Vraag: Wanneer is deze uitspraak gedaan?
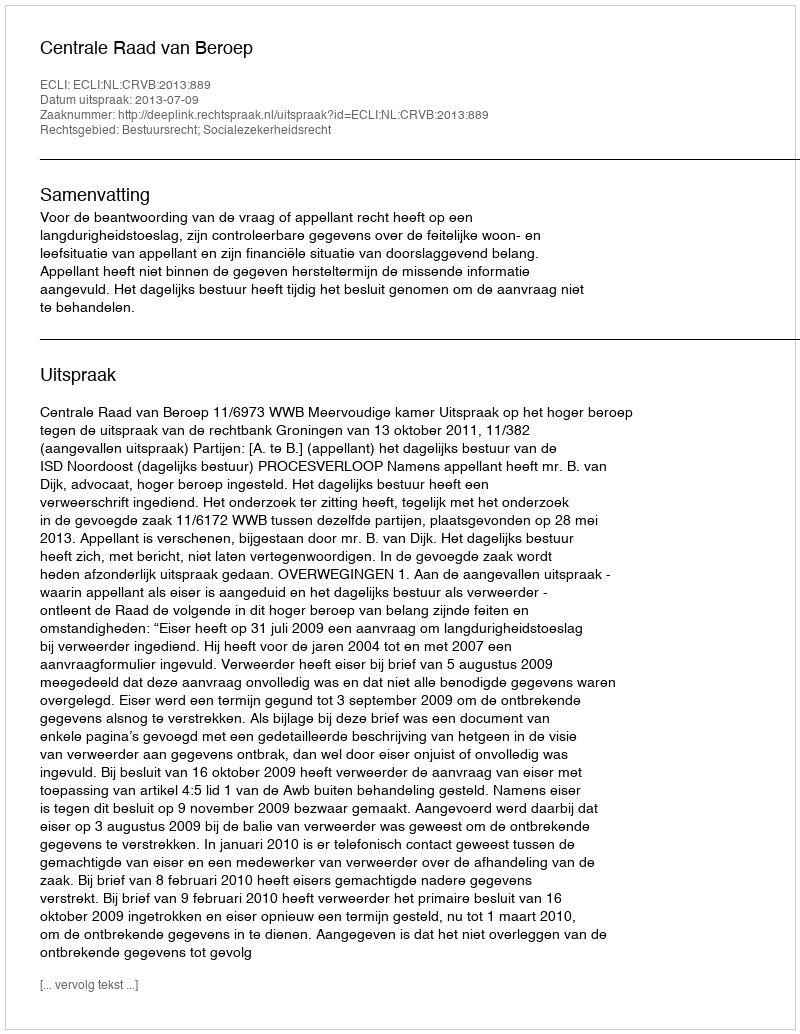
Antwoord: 2013-07-09